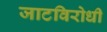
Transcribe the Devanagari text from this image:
जाटविरोधी